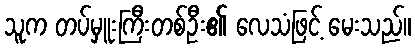
သူက တပ်မှူးကြီးတစ်ဦး၏ လေသံဖြင့် မေးသည်။